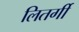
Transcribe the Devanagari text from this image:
लितर्गी